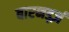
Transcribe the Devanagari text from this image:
बारनर्ड्ज़